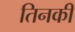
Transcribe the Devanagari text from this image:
तिनकी